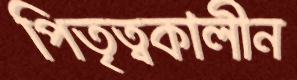
পিতৃত্বকালীন